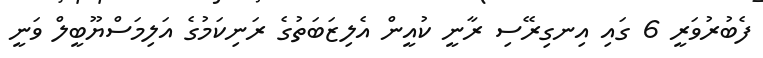
ފެބުރުވަރީ 6 ގައި އިނގިރޭސި ރާނީ ކުއީން އެލިޒަބަތުގެ ރަނިކަމުގެ އަލިމަސްޔޫބީލް ވަނީ